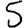
Digit: 5